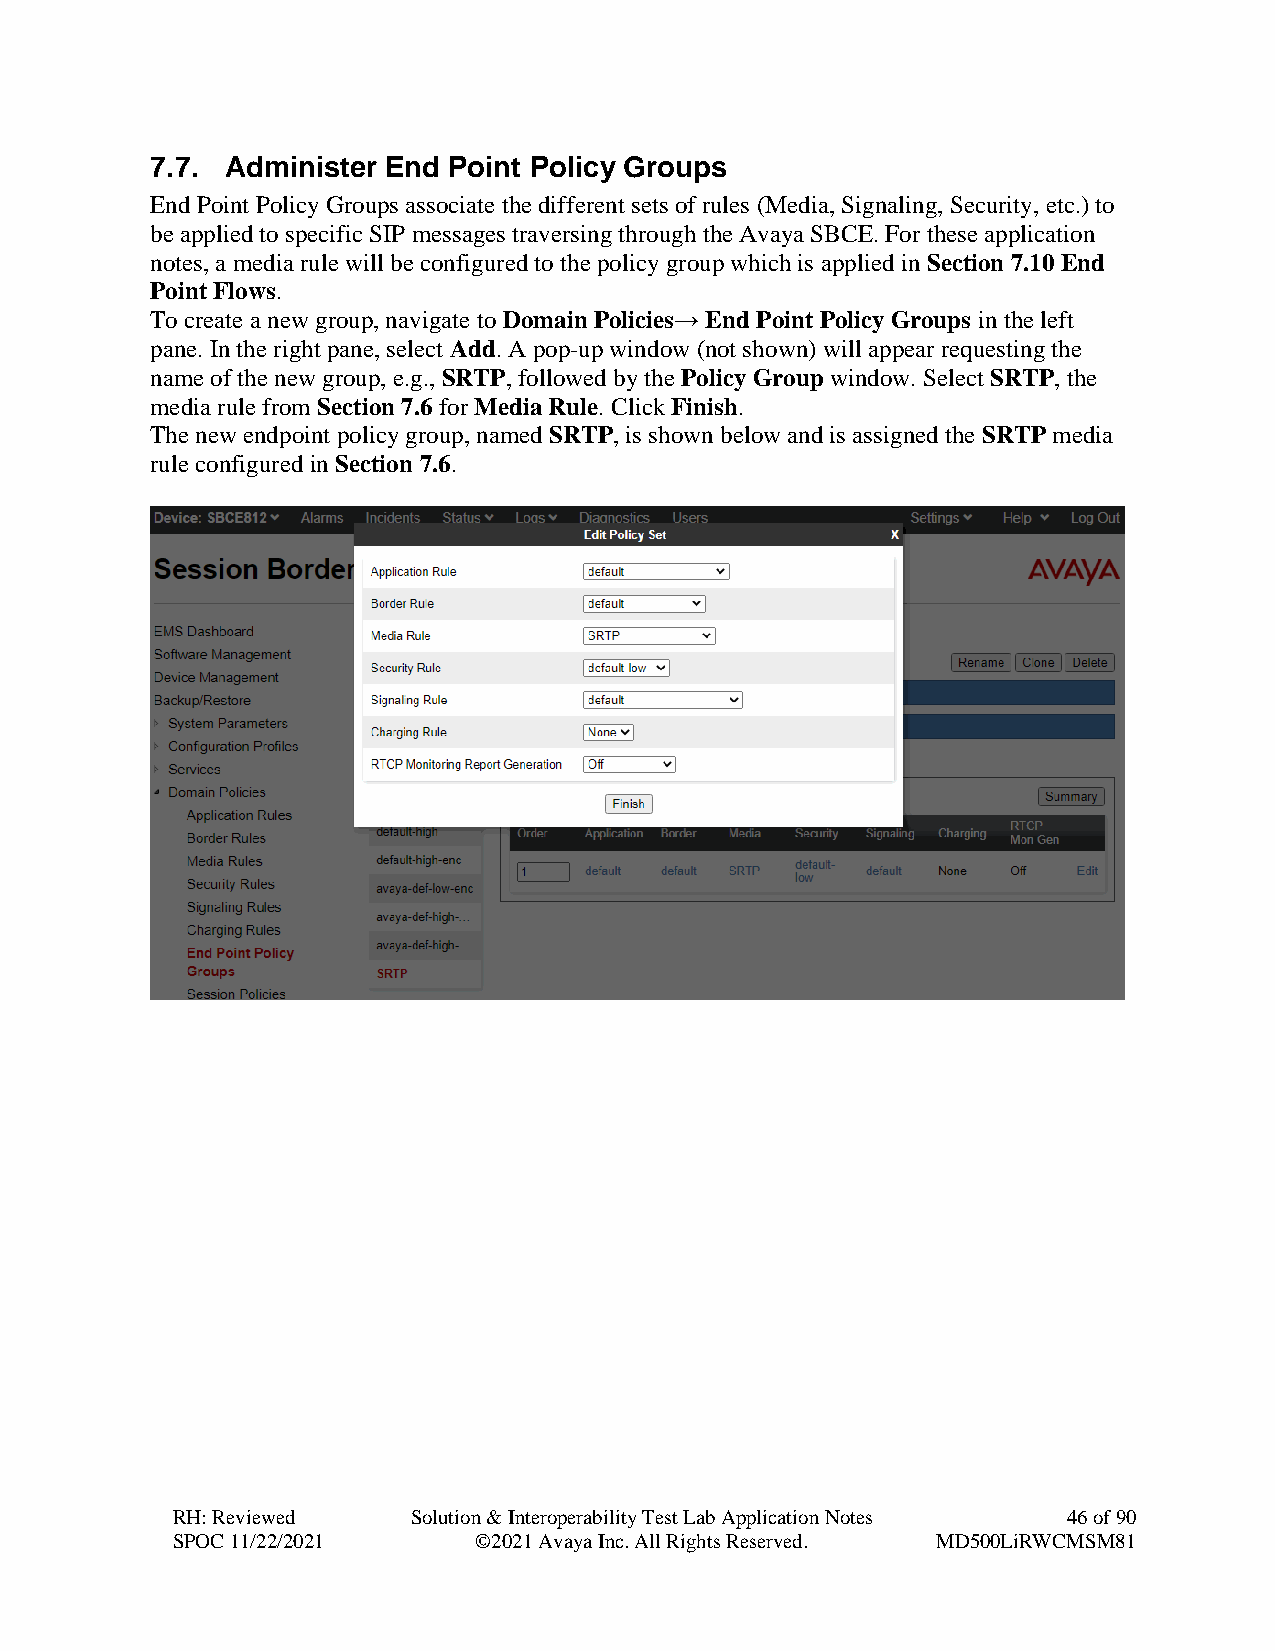
7.7. Administer End Point Policy Groups
 End Point Policy Groups associate the different sets of rules (Media, Signaling, Security, etc.) to
 be applied to specific SIP messages traversing through the Avaya SBCE. For these application
 notes, a media rule will be configured to the policy group which is applied in Section 7.10 End
 Point Flows.
 To create a new group, navigate to Domain Policies→ End Point Policy Groups in the left
 pane. In the right pane, select Add. A pop-up window (not shown) will appear requesting the
 name of the new group, e.g., SRTP, followed by the Policy Group window. Select SRTP, the
 media rule from Section 7.6 for Media Rule. Click Finish.
 The new endpoint policy group, named SRTP, is shown below and is assigned the SRTP media
 rule configured in Section 7.6.
 RH: Reviewed    Solution & Interoperability Test Lab Application Notes 46 of 90
 SPOC 11/22/2021     ©2021 Avaya Inc. All Rights Reserved. MD500LiRWCMSM81